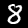
Label: 8